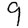
Digit: 9